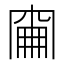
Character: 𠕢